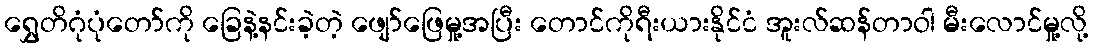
ရွှေတိဂုံပုံတော်ကို ခြေနဲ့နင်းခဲ့တဲ့ ဖျော်ဖြေမှု့အပြီး တောင်ကိုရီးယားနိုင်ငံ အူးလ်ဆန်တာဝါ မီးလောင်မှု့လို့